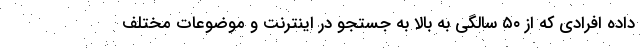
داده افرادی که از ۵۰ سالگی به بالا به جستجو در اینترنت و موضوعات مختلف